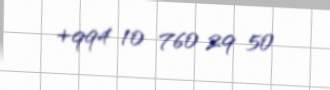
+994 10 760 29 50